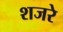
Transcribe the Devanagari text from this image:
शजरे